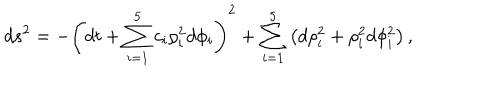
d s ^ { 2 } = - \left( d t + \sum _ { i = 1 } ^ { 5 } c _ { i } \rho _ { i } ^ { 2 } d \phi _ { i } \right) ^ { 2 } + \sum _ { i = 1 } ^ { 5 } \left( d \rho _ { i } ^ { 2 } + \rho _ { i } ^ { 2 } d \phi _ { i } ^ { 2 } \right) ,